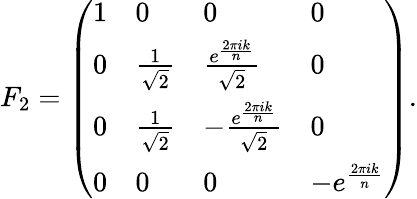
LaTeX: F_{2}=\left(\begin{array}{llll}{1}&{0}&{0}&{0}\\ {0}&{\frac{1}{\sqrt{2}}}&{\frac{e^{\frac{2\pi ik}{n}}}{\sqrt{2}}}&{0}\\ {0}&{\frac{1}{\sqrt{2}}}&{-\frac{e^{\frac{2\pi ik}{n}}}{\sqrt{2}}}&{0}\\ {0}&{0}&{0}&{-e^{\frac{2\pi ik}{n}}}\end{array}\right).